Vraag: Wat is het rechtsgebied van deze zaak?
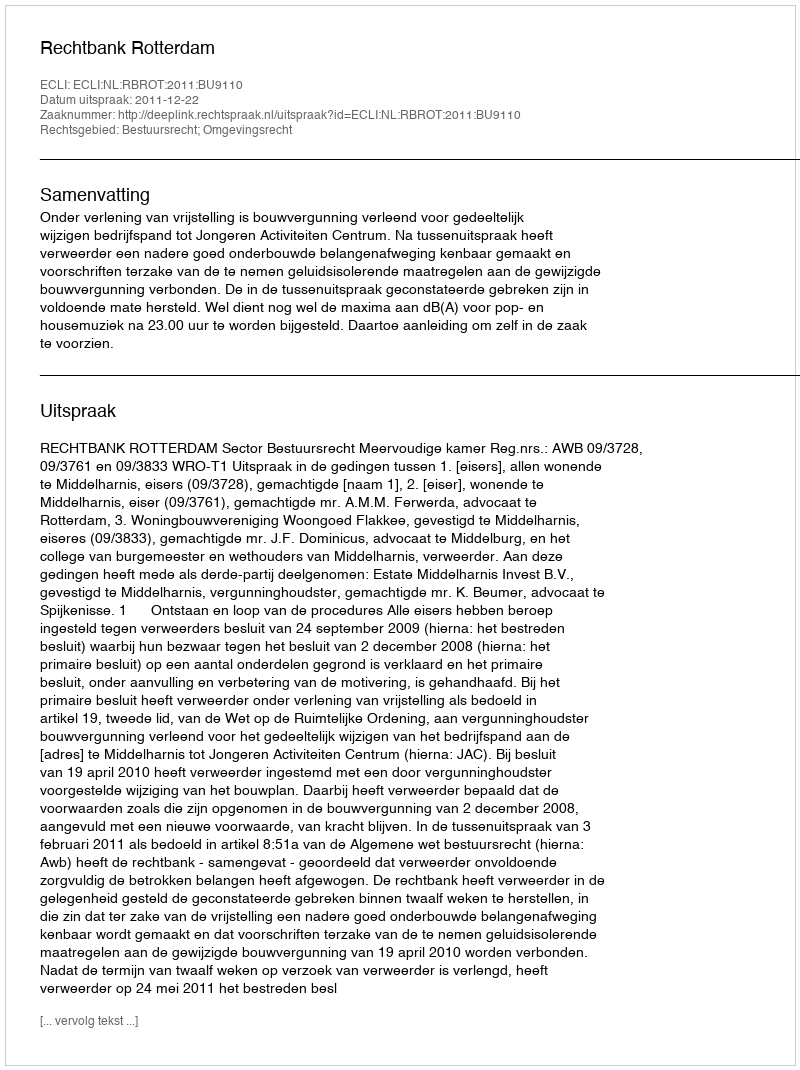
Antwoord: Bestuursrecht; Omgevingsrecht